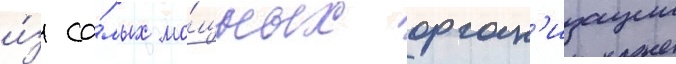
и́з са́мых мо́щных орган'изации